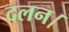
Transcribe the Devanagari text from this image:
दलन।